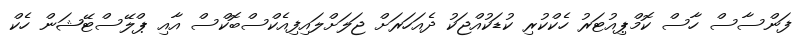
ފަންސާސް ހާސް ކޮމްޕިއުޓަރު ހެކްކުރި ކުޑަކުއްޖަކު ދެއަހަރަށް ޖަލަށްލައިފިއެކްސްބޮކްސް އާއި ޕްލޭސްޓޭޝަން ހެކް